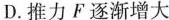
D.推力F逐渐增大